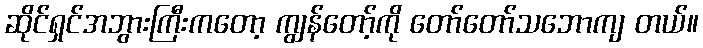
ဆိုင်ရှင်အဘွားကြီးကတော့ ကျွန်တော့်ကို တော်တော်သဘောကျ တယ်။